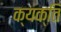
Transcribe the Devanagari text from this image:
क्यक्ति